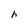
Character: h